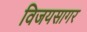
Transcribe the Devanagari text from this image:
विजयसागर